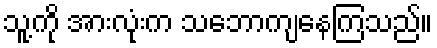
သူ့ကို အားလုံးက သဘောကျနေကြသည်။